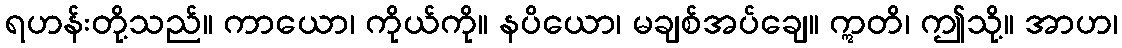
ရဟန်းတို့သည်။ ကာယော၊ ကိုယ်ကို။ နပိယော၊ မချစ်အပ်ချေ။ ဣတိ၊ ဤသို့။ အာဟ၊